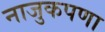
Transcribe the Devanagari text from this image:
नाजुकपणा